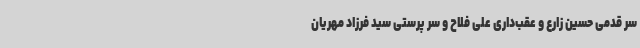
سر قدمی حسین زارع و عقب‌داری علی فلاح و سر پرستی سید فرزاد مهریان